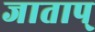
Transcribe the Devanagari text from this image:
जाताप्